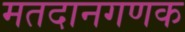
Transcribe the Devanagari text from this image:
मतदानगणक